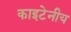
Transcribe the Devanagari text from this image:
काइटेनीय